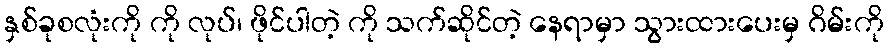
နှစ်ခုစလုံးကို ကို လုပ်၊ ဖိုင်ပါတဲ့ ကို သက်ဆိုင်တဲ့ နေရာမှာ သွားထားပေးမှ ဂိမ်းကို